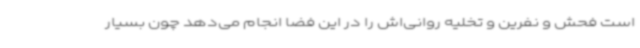
است فحش و نفرین و تخلیه روانی‌اش را در این فضا انجام می‌دهد چون بسیار